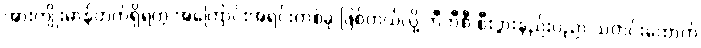
အားကျိုးမာန်တက်ရှိရတဲ့ အကြောင်းအရင်းတစ်ခု ဖြစ်တယ်လို့ ဘီဘီစီ စီးပွားနည်းပညာ သတင်းထောက်